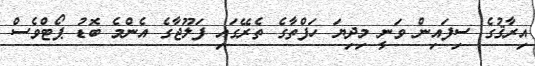
އިރާޤުގެ ސިފައިން ވަނީ މިދިޔަ ހަފްތާގެ ތެރޭގައި ފަލޫޖާގެ އެންމެ ބޮޑު ޕޯޓްވެސް